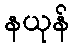
နယုန်